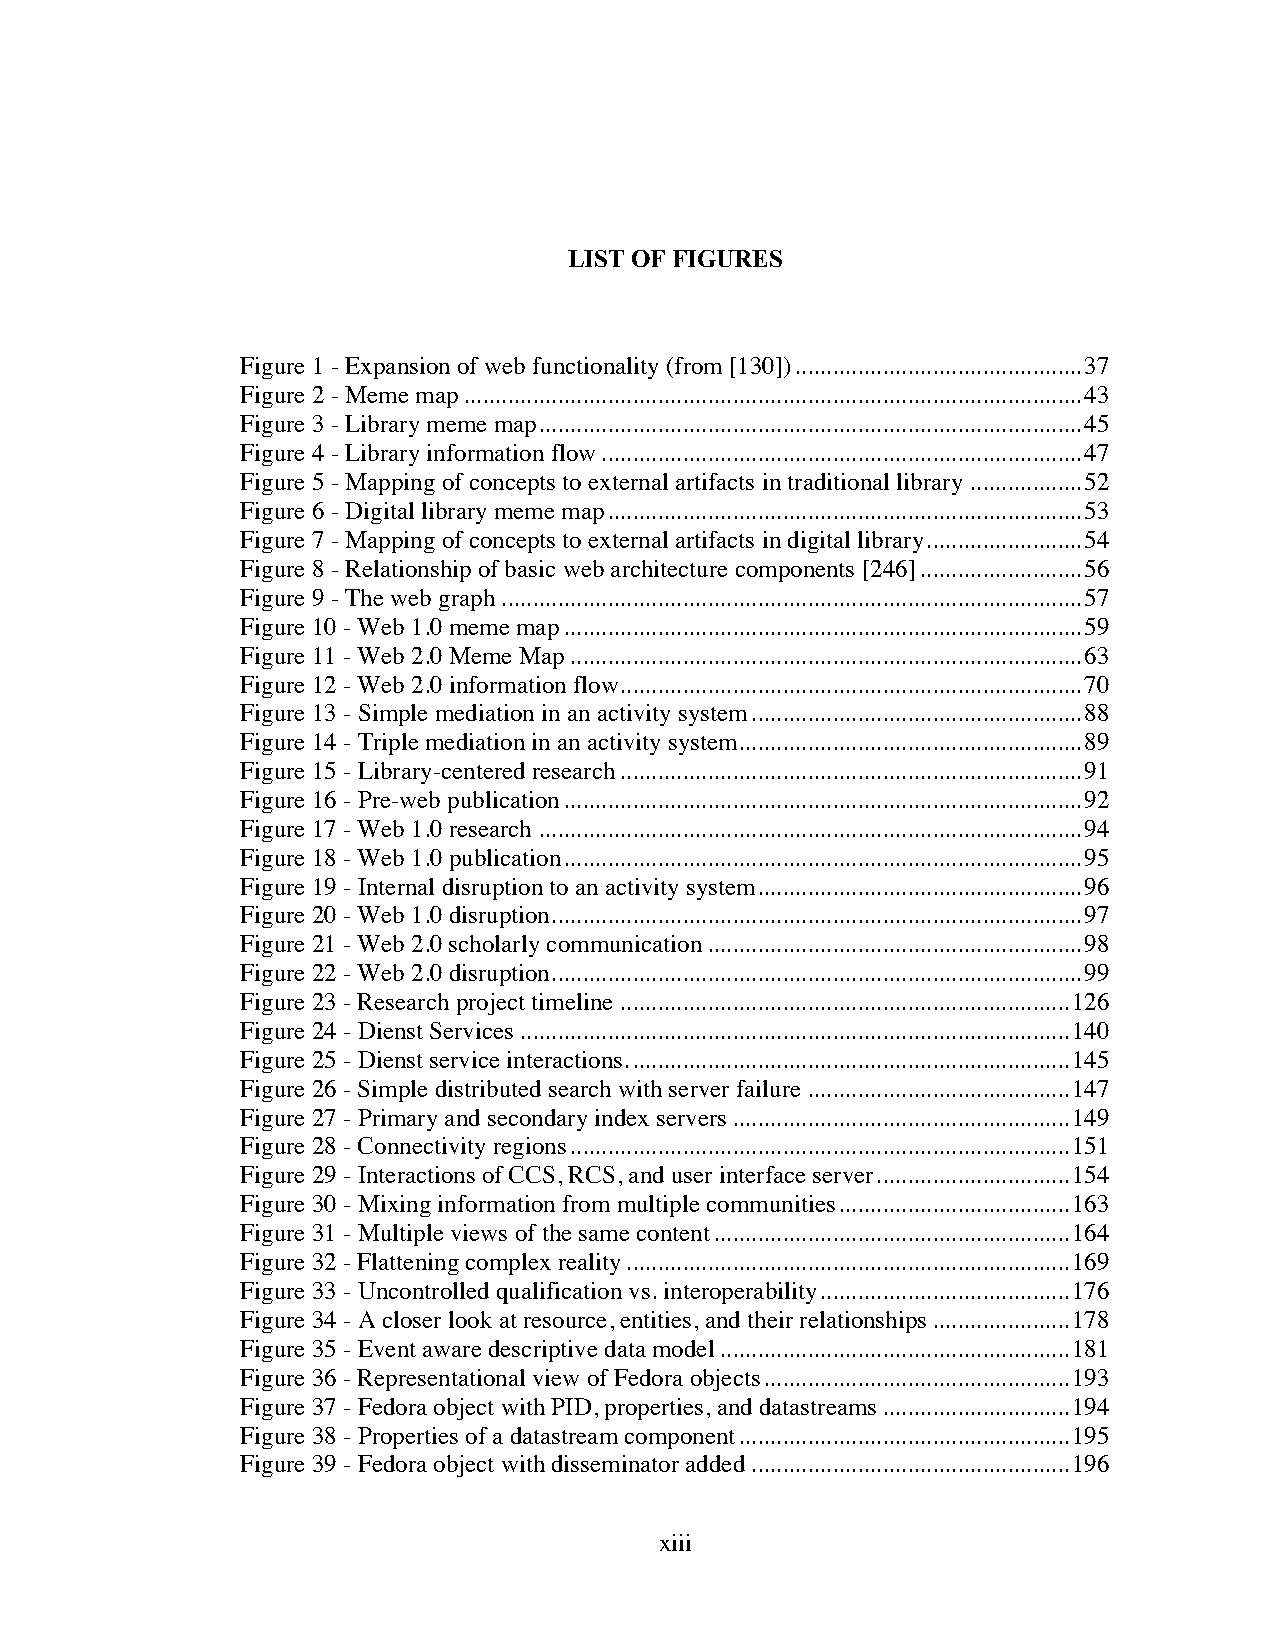
LIST OF FIGURES
 Figure 1 - Expansion of web functionality (from [130])..............................................37
 Figure 2 - Meme map...................................................................................................43
 Figure 3 - Library meme map.......................................................................................45
 Figure 4 - Library information flow.............................................................................47
 Figure 5 - Mapping of concepts to external artifacts in traditional library..................52
 Figure 6 - Digital library meme map............................................................................53
 Figure 7 - Mapping of concepts to external artifacts in digital library.........................54
 Figure 8 - Relationship of basic web architecture components [246]..........................56
 Figure 9 - The web graph.............................................................................................57
 Figure 10 - Web 1.0 meme map...................................................................................59
 Figure 11 - Web 2.0 Meme Map..................................................................................63
 Figure 12 - Web 2.0 information flow..........................................................................70
 Figure 13 - Simple mediation in an activity system.....................................................88
 Figure 14 - Triple mediation in an activity system.......................................................89
 Figure 15 - Library-centered research..........................................................................91
 Figure 16 - Pre-web publication...................................................................................92
 Figure 17 - Web 1.0 research.......................................................................................94
 Figure 18 - Web 1.0 publication...................................................................................95
 Figure 19 - Internal disruption to an activity system....................................................96
 Figure 20 - Web 1.0 disruption.....................................................................................97
 Figure 21 - Web 2.0 scholarly communication............................................................98
 Figure 22 - Web 2.0 disruption.....................................................................................99
 Figure 23 - Research project timeline........................................................................126
 Figure 24 - Dienst Services........................................................................................140
 Figure 25 - Dienst service interactions.......................................................................145
 Figure 26 - Simple distributed search with server failure..........................................147
 Figure 27 - Primary and secondary index servers......................................................149
 Figure 28 - Connectivity regions................................................................................151
 Figure 29 - Interactions of CCS, RCS, and user interface server...............................154
 Figure 30 - Mixing information from multiple communities.....................................163
 Figure 31 - Multiple views of the same content.........................................................164
 Figure 32 - Flattening complex reality.......................................................................169
 Figure 33 - Uncontrolled qualification vs. interoperability........................................176
 Figure 34 - A closer look at resource, entities, and their relationships......................178
 Figure 35 - Event aware descriptive data model........................................................181
 Figure 36 - Representational view of Fedora objects.................................................193
 Figure 37 - Fedora object with PID, properties, and datastreams..............................194
 Figure 38 - Properties of a datastream component.....................................................195
 Figure 39 - Fedora object with disseminator added...................................................196
 xiii